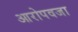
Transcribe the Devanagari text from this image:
आरोपवजा